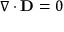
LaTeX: \nabla \cdot \mathbf { D } = 0